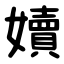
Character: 嬻